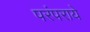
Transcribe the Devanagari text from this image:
परंपराये